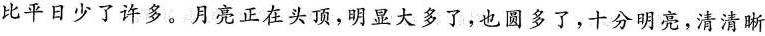
比平日少了许多。月亮正在头顶，明显大多了，也圆多了，十分明亮，清清晰